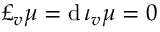
\pounds _ { v } \mu = \mathrm { d } \, \iota _ { v } \mu = 0